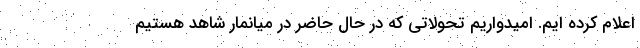
اعلام کرده ایم. امیدواریم تحولاتی که در حال حاضر در میانمار شاهد هستیم